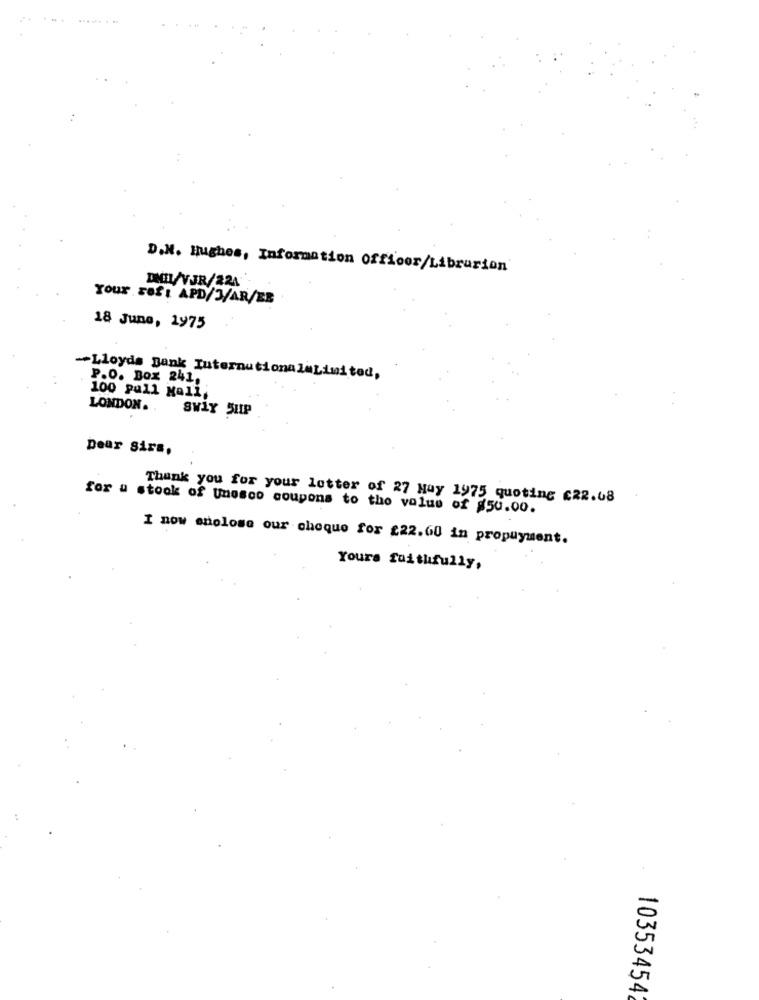
.... ... .
D.N. Hughes, Information officer/Librurion
Your Saft APD/J/AR/ER
18 June, 1975
-Lloyds Bank InternationalaLimited,
P.O. Box 241.
100 pull Mall,
LONDON ..
SWLY SHIP
Dear sirs,
Thank you for your letter of 27 Muy 1975 quoting €22.08
for u stook of Unesco coupons to the value of $50.00.
I now snolose our choque for £22.60 in propuyment.
Yours faithfully,
103534542